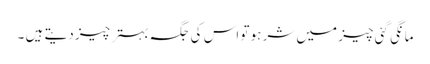
مانگی گئی چیز میں شر ہو تو اس کی جگہ بہتر چیز دیتے ہیں ۔